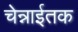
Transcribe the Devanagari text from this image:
चेन्नाईतक